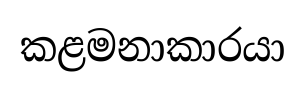
කළමනාකාරයා